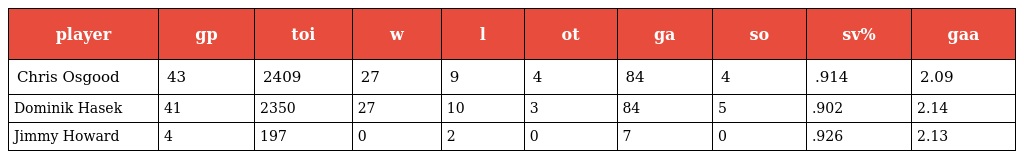
| player | gp | toi | w | l | ot | ga | so | sv% | gaa |
 | --- | --- | --- | --- | --- | --- | --- | --- | --- | --- |
 | Chris Osgood | 43 | 2409 | 27 | 9 | 4 | 84 | 4 | .914 | 2.09 |
 | Dominik Hasek | 41 | 2350 | 27 | 10 | 3 | 84 | 5 | .902 | 2.14 |
 | Jimmy Howard | 4 | 197 | 0 | 2 | 0 | 7 | 0 | .926 | 2.13 |